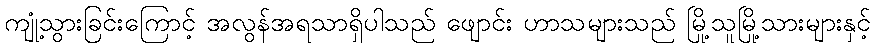
ကျုံ့သွားခြင်းကြောင့် အလွန်အရသာရှိပါသည် ဖျောင်း ဟာသများသည် မြို့သူမြို့သားများနှင့်